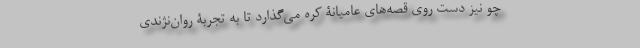
چو نیز دست روی قصه‌های عامیانۀ کُره می‌گذارد تا به تجربۀ روان‌نژندی